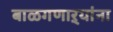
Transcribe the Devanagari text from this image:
बाळगणाऱ्यांना